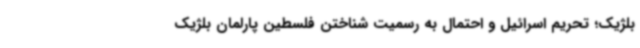
بلژیک؛ تحریم اسرائیل و احتمال به رسمیت شناختن فلسطین پارلمان بلژیک